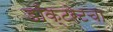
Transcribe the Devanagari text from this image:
डॉक्टरेटचा